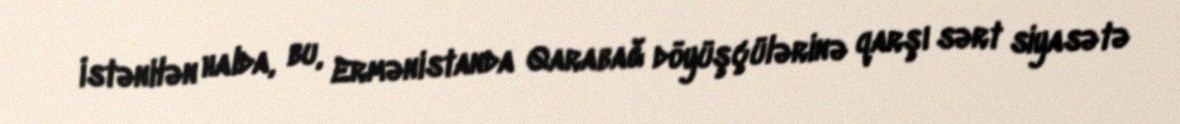
İstənilən halda, bu, Ermənistanda Qarabağ döyüşçülərinə qarşı sərt siyasətə